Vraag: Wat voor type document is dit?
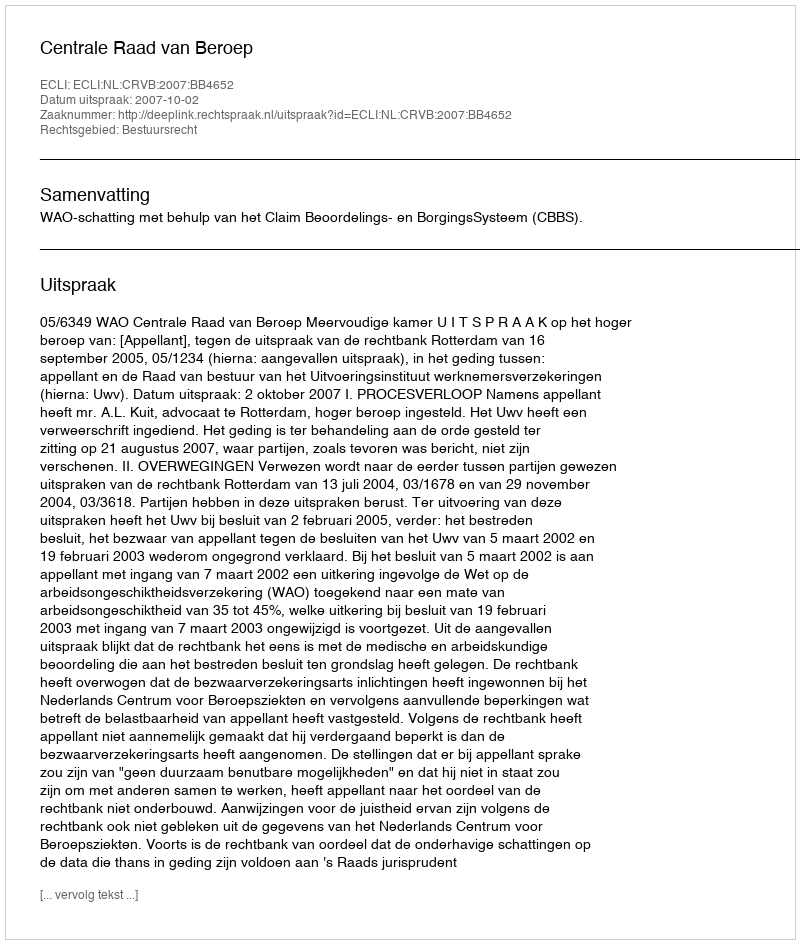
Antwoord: Uitspraak